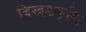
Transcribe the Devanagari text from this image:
विखंडकृमि